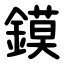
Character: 鏌